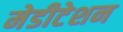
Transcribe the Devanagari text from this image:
मेडीटेशन